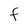
Character: F